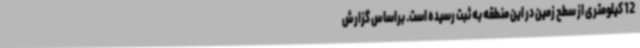
12 کیلومتری از سطح زمین در این منطقه به ثبت رسیده است. براساس گزارش